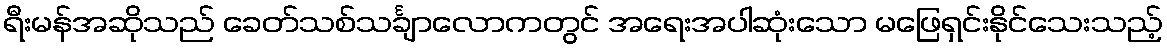
ရီးမန်အဆိုသည် ခေတ်သစ်သင်္ချာလောကတွင် အရေးအပါဆုံးသော မဖြေရှင်းနိုင်သေးသည့်